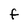
Character: F